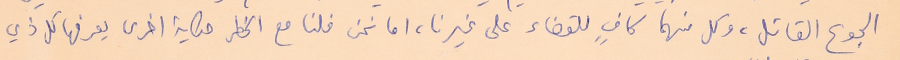
الجوع القاتل، وكل منهما كافٍ للقضاء على غيرنا، اما نحن فلنا مع الخطر حكاية اخرى يعرفها كل ذي